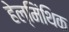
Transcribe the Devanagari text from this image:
हेल्मिंथिक